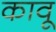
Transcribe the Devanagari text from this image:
कावू